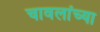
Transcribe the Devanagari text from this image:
चावलांच्या